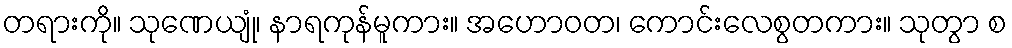
တရားကို။ သုဏေယျုံ၊ နာရကုန်မူကား။ အဟောဝတ၊ ကောင်းလေစွတကား။ သုတွာ စ